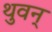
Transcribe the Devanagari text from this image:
थुवन्